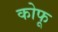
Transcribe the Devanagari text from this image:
कोफू